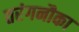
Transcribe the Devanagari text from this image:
तरंगनौका